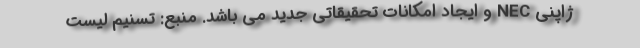
ژاپنی NEC و ایجاد امکانات تحقیقاتی جدید می باشد. منبع: تسنیم لیست